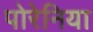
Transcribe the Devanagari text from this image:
पोरेनिया